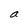
Character: a